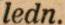
ledn.